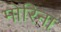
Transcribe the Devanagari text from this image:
मोरिना